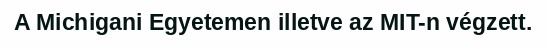
A Michigani Egyetemen illetve az MIT-n végzett.